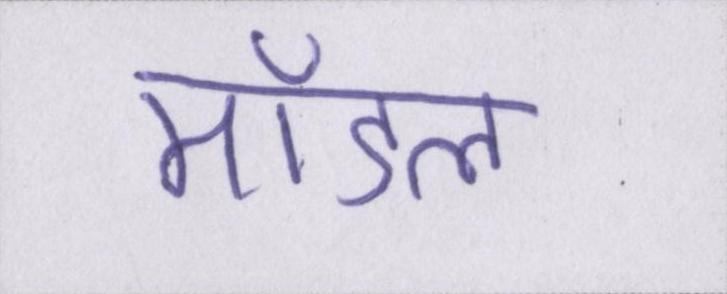
मॉडल